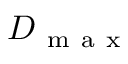
D _ { \mathrm { ~ m ~ a ~ x ~ } }